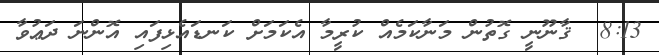
8:13  ޤާނޫނީ ގޮތުން މަނާކަމެއް ކުރީމާ އެކަމަށް ކަނޑައެޅިފައި އޮންނަ ދަޢުވާ